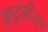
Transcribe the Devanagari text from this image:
कुटुंबीजन